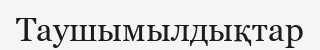
Таушымылдықтар